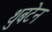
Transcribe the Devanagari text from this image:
थुबटेन